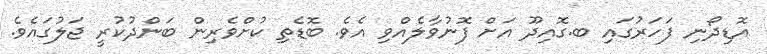
އޮޑިދޯނި ފަހަރުގައި ބ.ގޮއިދޫ އަށް ފޮނުވާލެއްވި އެވެ. ބޮޑެތި ކުށްވެރިން ބަންދުކުރީ ޖަލުގައެވެ.